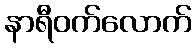
နာရီဝက်လောက်